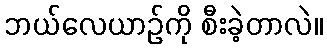
ဘယ်လေယာဉ်ကို စီးခဲ့တာလဲ။